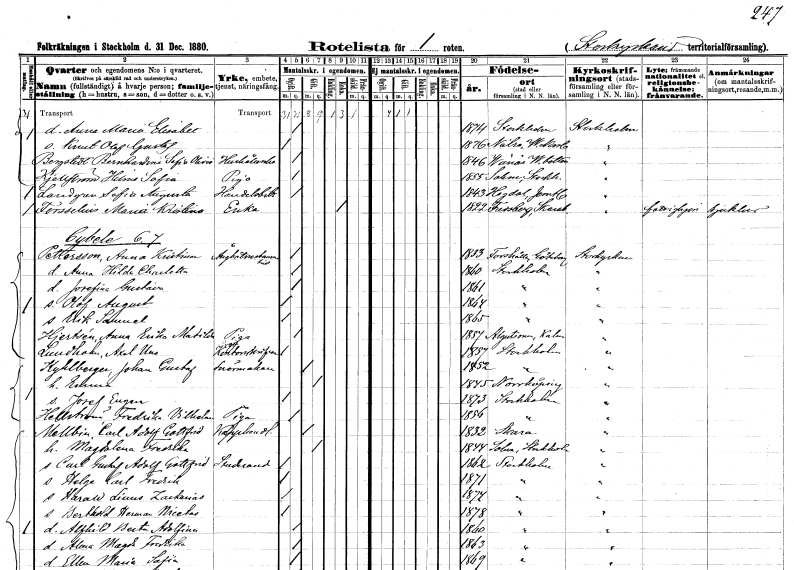
gt_parse: households: individuals: FN: Anna Maria Elisabet
KON: K
CIV: O
FODAR: 1874
FODFORS: Stockholm
FN: Knut Olof Gustaf
KON: M
CIV: O
FODAR: 1876
FODFORS: Nätra Västernorrlands län
FN: Bernhardina Sofia Olivia
EN: Bergstedt
YRKE: Hushållerska
KON: K
CIV: O
FODAR: 1846
FODFORS: Vännäs Västerbottens län
FN: Hilma Sofia
EN: Kjellström
YRKE: Piga
KON: K
CIV: O
FODAR: 1855
FODFORS: Salem Stockholms län
FN: Sofia Augusta
EN: Landgren
YRKE: Handelsbiträde
KON: K
CIV: O
FODAR: 1843
FODFORS: Ytterhogdal Jämtlands län
FN: Maria Kristina
EN: Forsselius
YRKE: Änka
KON: K
CIV: E
FODAR: 1822
FODFORS: Fredsberg Skaraborgs län
FN: Anna Kristina
EN: Pettersson
YRKE: Ångbåtsrestauratris
KON: K
CIV: O
FODAR: 1833
FODFORS: Forshälla Göteborgs- och Bohuslän
FN: Anna Hilda Charlotta
KON: K
CIV: O
FODAR: 1860
FODFORS: Stockholm
FN: Josefina Gustava
KON: K
CIV: O
FODAR: 1861
FODFORS: Stockholm
FN: Olof August
KON: M
CIV: O
FODAR: 1864
FODFORS: Stockholm
FN: Erik Samuel
KON: M
CIV: O
FODAR: 1865
FODFORS: Stockholm
FN: Anna Erika Matilda
EN: Hjertsén
YRKE: Piga
KON: K
CIV: O
FODAR: 1857
FODFORS: Algutsrum Kalmar län
FN: Axel Uno
EN: Lundholm
YRKE: Kontorsskrivare
KON: M
CIV: O
FODAR: 1857
FODFORS: Stockholm
FN: Johan Gustaf
EN: Kyhlberg
YRKE: Snörmakare
KON: M
CIV: G
FODAR: 1852
FODFORS: Stockholm
FN: Emma
KON: K
CIV: G
FODAR: 1845
FODFORS: Norrköping Östergötlands län
FN: Josef Eugen
KON: M
CIV: O
FODAR: 1873
FODFORS: Stockholm
FN: Fredrika Vilhelmina
EN: Hellström
YRKE: Piga
KON: K
CIV: O
FODAR: 1856
FODFORS: Stockholm
FN: Carl Adolf Gottfrid
EN: Mellbin
YRKE: Kapphandlande
KON: M
CIV: G
FODAR: 1832
FODFORS: Skara Skaraborgs län
FN: Magdalena Fredrika
KON: K
CIV: G
FODAR: 1844
FODFORS: Solna Stockholms län
FN: Carl Gustaf Adolf Gottfrid
YRKE: Studerande
KON: M
CIV: O
FODAR: 1862
FODFORS: Stockholm
FN: Helge Carl Fredrik
KON: M
CIV: O
FODAR: 1871
FODFORS: Stockholm
FN: Harald Linus Zackarias
KON: M
CIV: O
FODAR: 1874
FODFORS: Stockholm
FN: Berthold Herman Nicetas
KON: M
CIV: O
FODAR: 1878
FODFORS: Stockholm